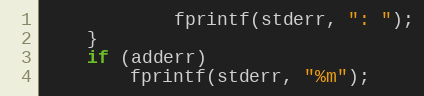
Language: C
			fprintf(stderr, ": ");
	}
	if (adderr)
		fprintf(stderr, "%m");